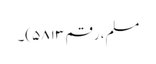
مسلم، رقم ۵۸۱۳)۔